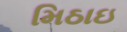
મિઠાઇ